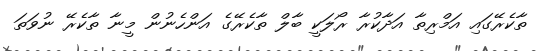
ތާކެރޭގައި އަމްރިތާ އަދާކުރާ ރޯލަކީ ބާލް ތާކެރޭގެ އަންހެނުން މީނާ ތާކެރޭ ނުވަތަ